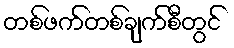
တစ်ဖက်တစ်ချက်စီတွင်